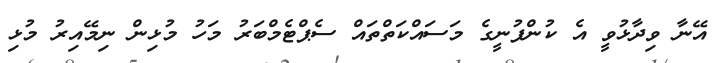
އޭނާ ވިދާޅުވީ އެ ކުންފުނީގެ މަސައްކަތްތައް ސެޕްޓެމްބަރު މަހު މުޅިން ނިމޭއިރު މުޅި